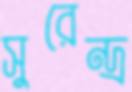
সুরেন্দ্র